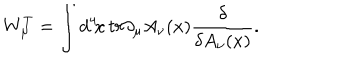
W _ { \mu } ^ { T } = \int d ^ { 4 } \! x \, t r \partial _ { \mu } A _ { \nu } ( x ) { \frac { \delta } { \delta A _ { \nu } ( x ) } } .